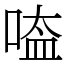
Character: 㗐